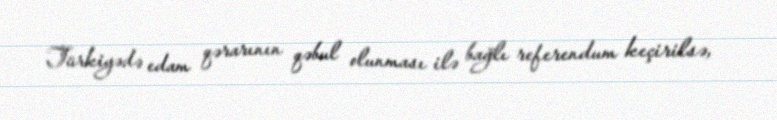
Türkiyədə edam qərarının qəbul olunması ilə bağlı referendum keçirilsə,